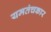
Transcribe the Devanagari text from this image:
यमतंचकार